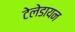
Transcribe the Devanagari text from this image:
टेलेडायन